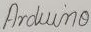
Text: Arduino